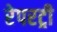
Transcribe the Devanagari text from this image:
रेपरट्री